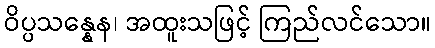
ဝိပ္ပသန္နေန၊ အထူးသဖြင့် ကြည်လင်သော။